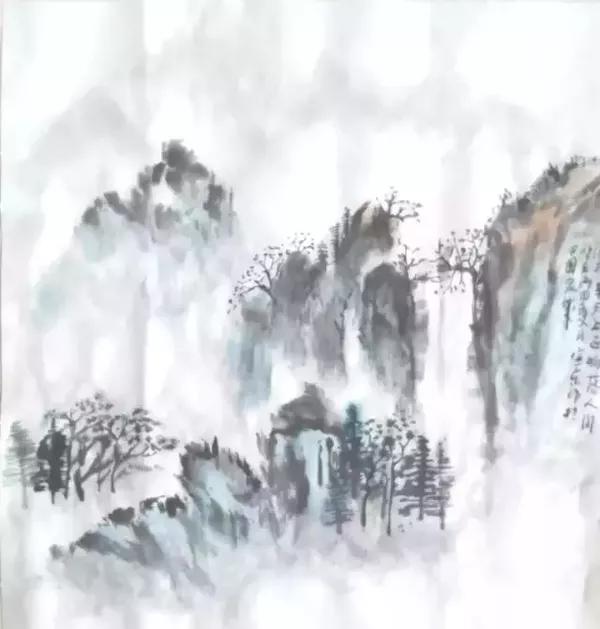
无边落木萧萧下，不尽长江滚滚来。